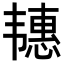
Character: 𬰶